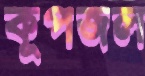
কূপজল